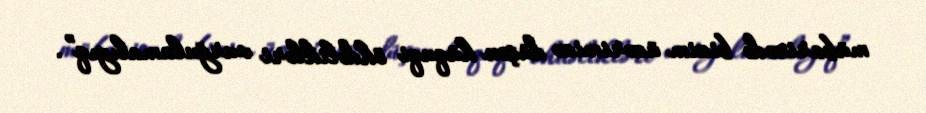
mübarizədə bizim üzərimizə düşən hüquqi öhdəlikləri vurğulamalıyıq”.